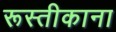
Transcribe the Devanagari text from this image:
रूस्तीकाना